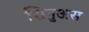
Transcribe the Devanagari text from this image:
सिनुअस